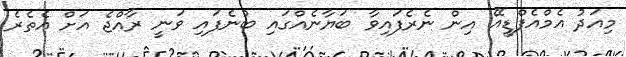
މިއަދު އެމްއެފްޑީއޭ އިން ނެރެފައިވާ ބަޔާނެއްގައި ބުނެފައި ވަނީ ރާއްޖެ އަށް އެތެރެ